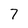
Character: 7